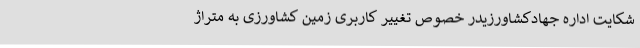
شکایت اداره جهادکشاورزیدر خصوص تغییر کاربری زمین کشاورزی به متراژ